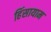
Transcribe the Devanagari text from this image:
हिंसायाम